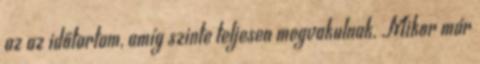
az az időtartam, amíg szinte teljesen megvakulnak. Mikor már